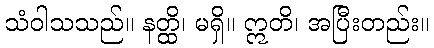
သံဝါသသည်။ နတ္ထိ၊ မရှိ။ ဣတိ၊ အပြီးတည်း။